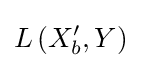
L\left(X_{b}^{\prime },Y\right)